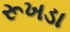
રૂખડા